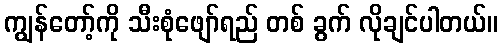
ကျွန်တော့်ကို သီးစုံဖျော်ရည် တစ် ခွက် လိုချင်ပါတယ်။